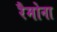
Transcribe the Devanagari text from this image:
रैमोना